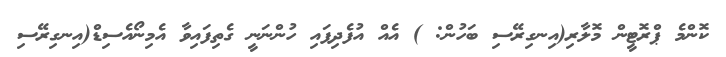
ކޮންމެ ޕްރޮޓީން މޮލާރި(އިނގިރޭސި ބަހުން: ) އެއް އުފެދިފައި ހުންނަނީ ގެތިފައިވާ އެމިނޯއެސިޑް(އިނގިރޭސި